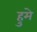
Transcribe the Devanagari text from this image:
हुमे